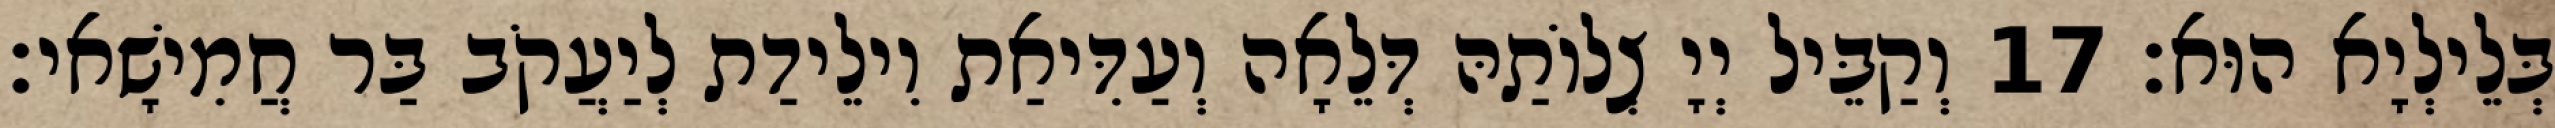
בְּלֵילְיָא הוּא׃ 17 וְקַבֵּיל יְיָ צְלוֹתַהּ דְּלֵאָה וְעַדִּיאַת וִילֵידַת לְיַעֲקֹב בַּר חֲמִישָׁאי׃